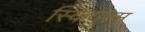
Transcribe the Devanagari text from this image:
स्कियुरस